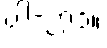
ပါ-၂၇၁။